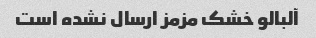
آلبالو خشک مزمز ارسال نشده است